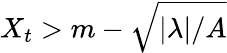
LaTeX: X_{t}>m-\sqrt{|\lambda|/A}